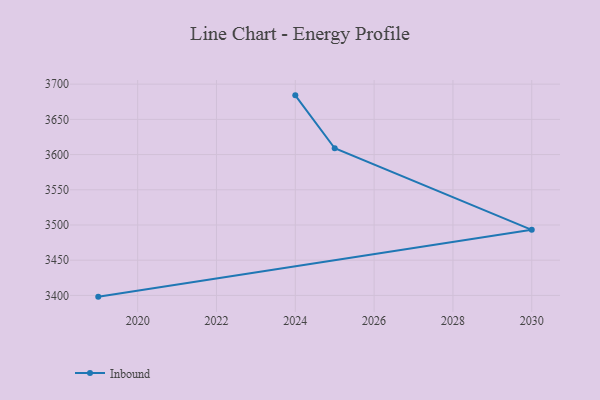
{"axis": {"x": "Year", "y": "Energy Usage (MWh)"}, "legend": ["Inbound"], "data": [{"x": "2024", "y": 3684.1, "type": "Inbound"}, {"x": "2025", "y": 3609.0, "type": "Inbound"}, {"x": "2030", "y": 3493.1, "type": "Inbound"}, {"x": "2019", "y": 3398.2, "type": "Inbound"}]}